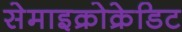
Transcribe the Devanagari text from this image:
सेमाइक्रोक्रेडिट